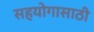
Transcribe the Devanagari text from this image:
सहयोगासाठी